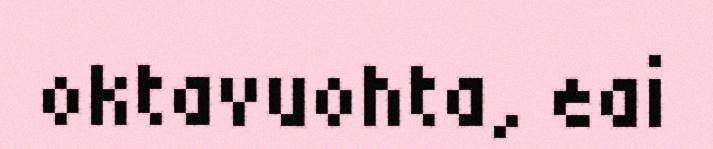
oktavuohta, eai